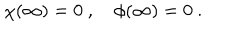
\chi ( \infty ) = 0 \ , \quad \phi ( \infty ) = 0 \ .